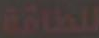
للطاقة